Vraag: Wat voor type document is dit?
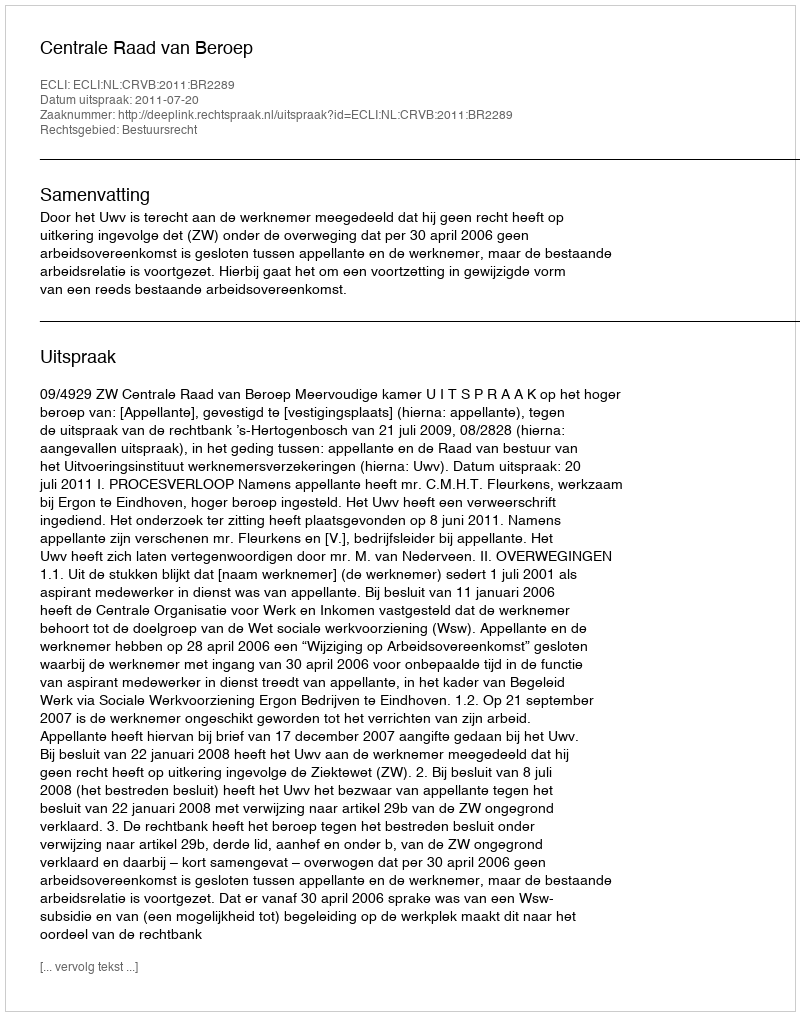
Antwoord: Uitspraak